Annual report of the Punjab Veterinary College and of the Civil Veterinary Department, Punjab - 1920-1925
Year: 1920
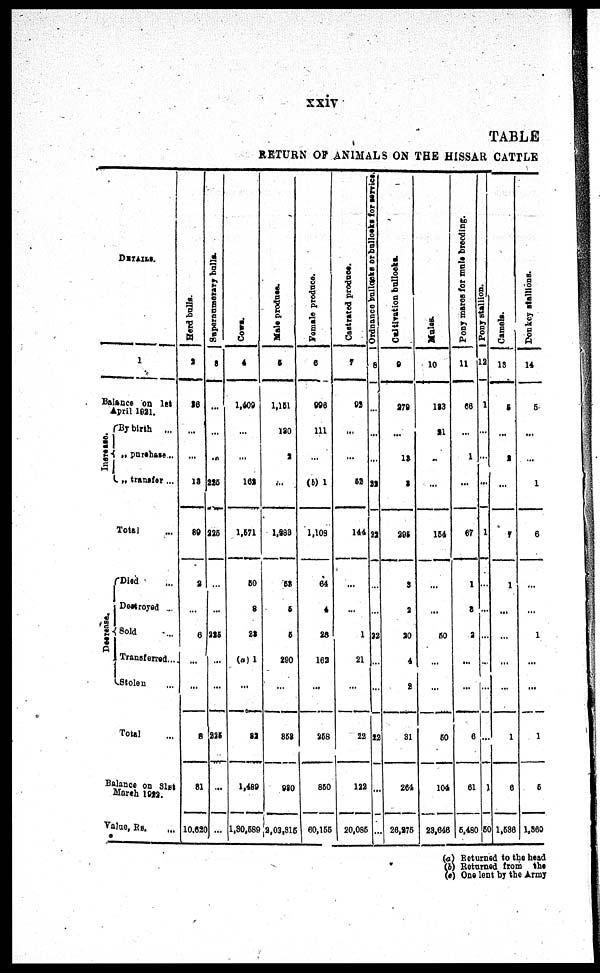
xxiv
TABLE
RETURN OF ANI MALS ON THE HISSAR CATTLE
DETAILS
1
Bal ance on 1st
Apri l 1921.
Increase. {
Decrease. {
By birth ...
„ purchase ...
„ t ransfer ...
Tot al ...
Di ed ...
Dest royed ...
Sol d . . .
Transferred. . .
St ol en ...
Total ...
Bal ance on 31st
Mar ch 1922.
Val ue, Rs. ...
He r
d bul l
s .
2
26
...
...
13
89
2
...
6
...
...
8
81
10, 620
Su p e rn
u me ra
ry bul l
s .
3
...
...
...
225
225
...
...
225
...
...
225
...
...
Co ws .
4
1, 409
...
...
161
1, 571
50
8
23
(a) 1
...
82
1, 489
1, 30, 589
Male produce.
5
1, 151
280
2
...
1, 883
58
5
5
290
...
852
980
2, 03, 315
Fe ma le produce.
6
996
111
...
(b) 1
1, 108
64
4
28
162
...
258
850
60, 155
Castrated produce.
7
93
...
...
52
144
...
...
1
21
...
22
122
20, 085
Ord n a n c e b u l l o c k s or bullocks for service.
8
...
...
... 18
22
22
...
...
22
...
...
22
...
...
Cultivation bul l
oc ks .
9
279
...
3
295
3
2
20
4
2
31
264
26, 275
Mules.
10
183
21
..
...
154
...
...
50
...
...
50
104
23, 646
Po n y ma r e s f or ma l e br e e di ng.
11
66
...
1
...
67
1
8
2
...
...
6
61
5, 480
p o n y s t
al l
i
on.
12
1
...
... 2
...
1
...
...
...
...
...
...
1
50
Camels.
13
5
...
...
7
1
...
...
...
...
1
6
1,536
Donkey st
14
5
...
...
1
6
...
...
1
...
...
1
5
1, 360
(a) Ret urned to t he head
(b) Ret urned f r om t he
(c) One lent by t he Ar my